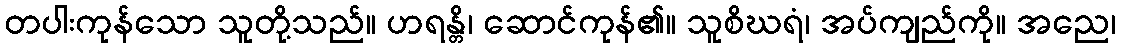
တပါးကုန်သော သူတို့သည်။ ဟရန္တိ၊ ဆောင်ကုန်၏။ သူစိဃရံ၊ အပ်ကျည်ကို။ အညေ၊